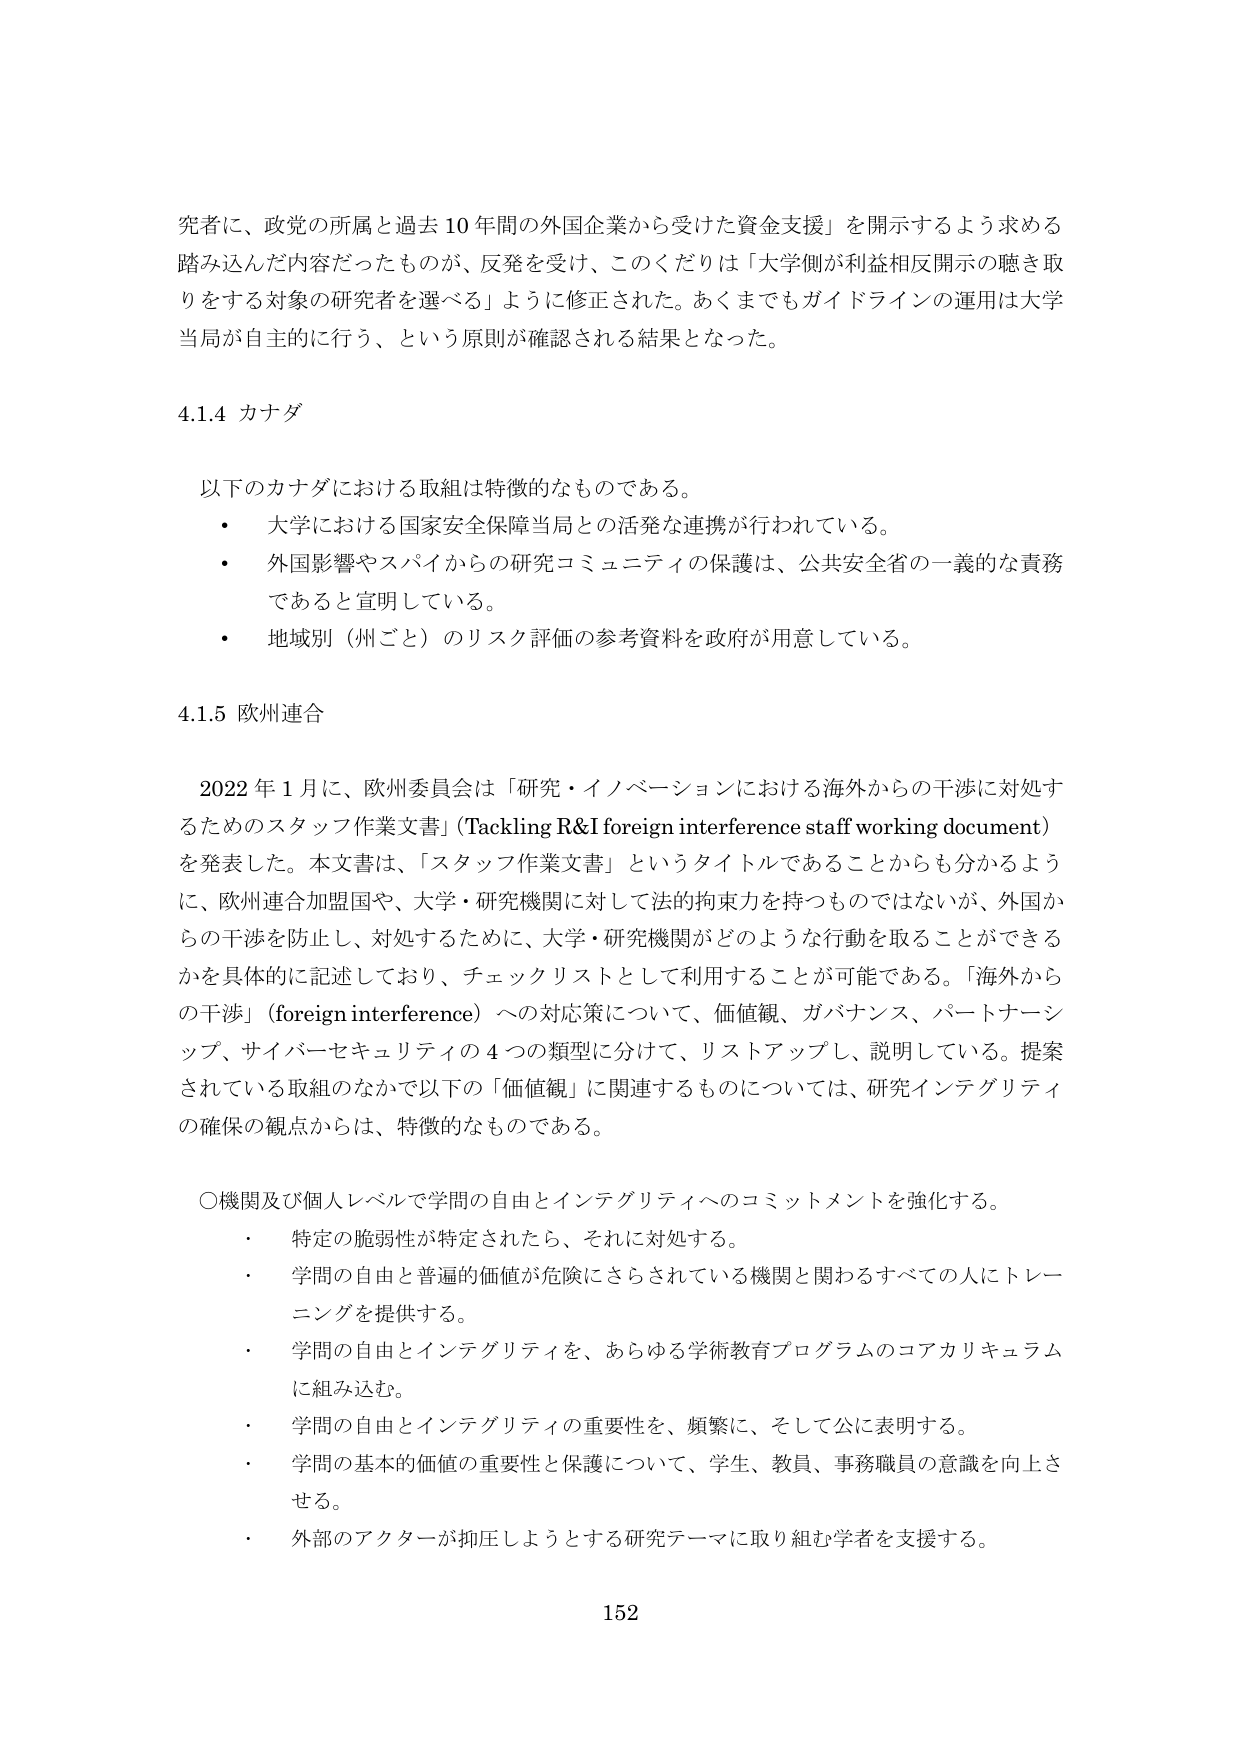
究者に、政党の所属と過去10年間の外国企業から受けた資金支援」を開示するよう求める踏み込んだ内容だったものが、反発を受け、このくだりは「大学側が利益相反開示の聴き取りをする対象の研究者を選べる」ように修正された。あくまでもガイドラインの運用は大学当局が自主的に行う、という原則が確認される結果となった。

4.1.4 カナダ

以下のカナダにおける取組は特徴的なものである。
・ 大学における国家安全保障当局との活発な連携が行われている。
・ 外国影響やスパイからの研究コミュニティの保護は、公共安全省の一義的な責務であると宣明している。
・ 地域別（州ごと）のリスク評価の参考資料を政府が用意している。

4.1.5 欧州連合

2022年1月に、欧州委員会は「研究・イノベーションにおける海外からの干渉に対処するためのスタッフ作業文書」（Tackling R&I foreign interference staff working document）を発表した。本文書は、「スタッフ作業文書」というタイトルであることからも分かるように、欧州連合加盟国や、大学・研究機関に対して法的拘束力を持つものではないが、外国からの干渉を防止し、対処するために、大学・研究機関がどのような行動を取ることができるかを具体的に記述しており、チェックリストとして利用することが可能である。「海外からの干渉」（foreign interference）への対応策について、価値観、ガバナンス、パートナーシップ、サイバーセキュリティの4つの類型に分けて、リストアップし、説明している。提案されている取組のなかで以下の「価値観」に関連するものについては、研究インテグリティの確保の観点からは、特徴的なものである。

○機関及び個人レベルで学問の自由とインテグリティへのコミットメントを強化する。
・ 特定の脆弱性が特定されたら、それに対処する。
・ 学問の自由と普遍的価値が危険にさらされている機関と関わるすべての人にトレーニングを提供する。
・ 学問の自由とインテグリティを、あらゆる学術教育プログラムのコアカリキュラムに組み込む。
・ 学問の自由とインテグリティの重要性を、頻繁に、そして公に表明する。
・ 学問の基本的価値の重要性と保護について、学生、教員、事務職員の意識を向上させる。
・ 外部のアクターが抑圧しようとする研究テーマに取り組む学者を支援する。

152